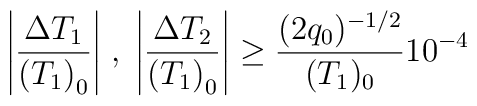
\Biggl|\frac{\Delta T_1}{{(T_1)}_0}\Biggr|\;,\;\Biggl|\frac{\Delta T_2}{{(T_1)}_0}\Biggr|\geq\frac{(2 q_0)^{-1/2}}{(T_1)_0} 10^{-4}